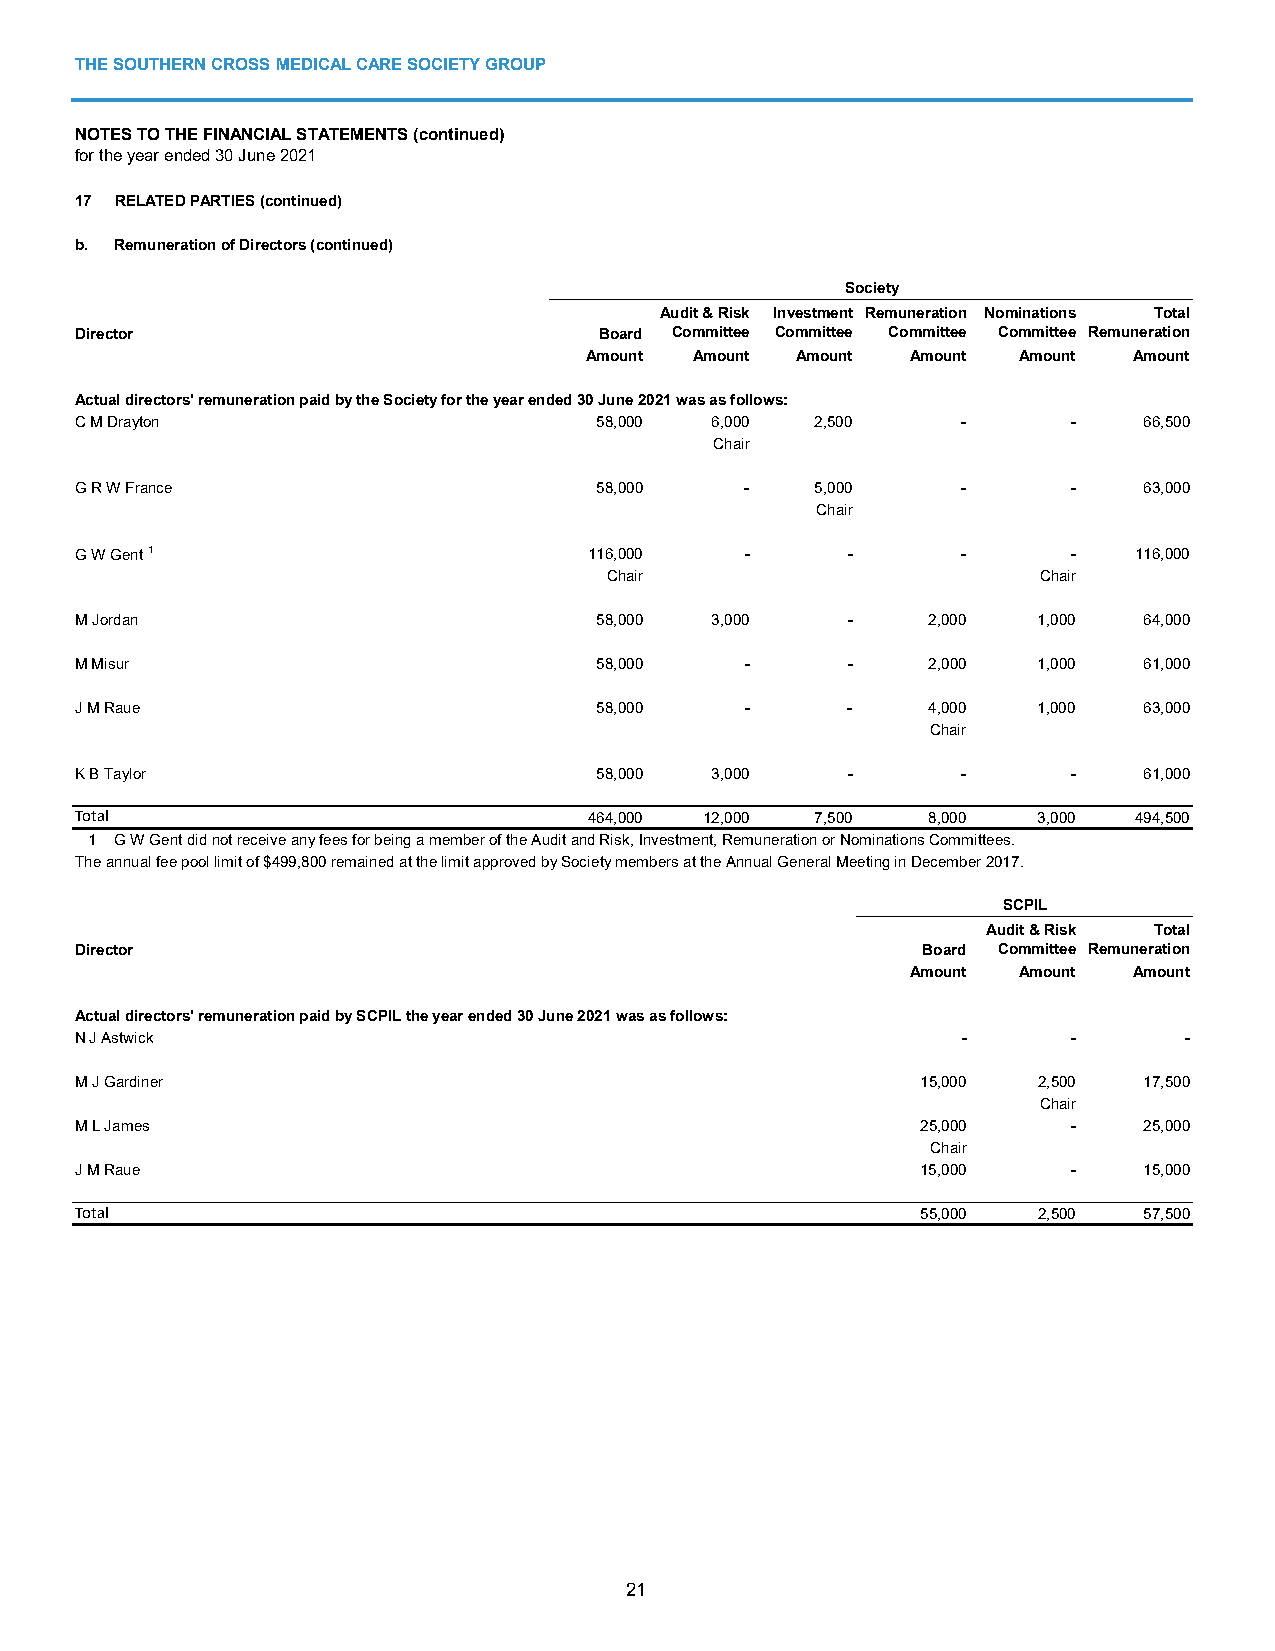
THE SOUTHERN CROSS MEDICAL CARE SOCIETY GROUP
 NOTES TO THE FINANCIAL STATEMENTS (continued)
 for the year ended 30 June 2021
 17 RELATED PARTIES (continued)
 b. Remuneration of Directors (continued)
 Society
 Audit & Risk Investment Remuneration Nominations Total
 Director                           Board Committee Committee Committee Committee Remuneration
 Amount Amount Amount Amount Amount  Amount
 Actual directors' remuneration paid by the Society for the year ended 30 June 2021 was as follows:
 C M Drayton                       58,000  6,000  2,500     -      -    66,500
 Chair
 G R W France                      58,000    -    5,000     -      -    63,000
 Chair
 G W Gent 1                        116,000   -      -       -      -   116,000
 Chair                        Chair
 M Jordan                          58,000  3,000    -    2,000   1,000  64,000
 M Misur                           58,000    -      -    2,000   1,000  61,000
 J M Raue                          58,000    -      -    4,000   1,000  63,000
 Chair
 K B Taylor                        58,000  3,000    -       -      -    61,000
 Total                             464,000 12,000 7,500  8,000   3,000 494,500
 1 G W Gent did not receive any fees for being a member of the Audit and Risk, Investment, Remuneration or Nominations Committees.
 The annual fee pool limit of $499,800 remained at the limit approved by Society members at the Annual General Meeting in December 2017.
 SCPIL
 Audit & Risk Total
 Director                                                Board Committee Remuneration
 Amount Amount  Amount
 Actual directors' remuneration paid by SCPIL the year ended 30 June 2021 was as follows:
 N J Astwick                                                -      -      -
 M J Gardiner                                            15,000  2,500  17,500
 Chair
 M L James                                               25,000    -    25,000
 Chair
 J M Raue                                                15,000    -    15,000
 Total                                                   55,000  2,500  57,500
 21